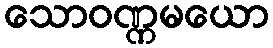
သောဝဏ္ဏမယော